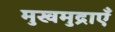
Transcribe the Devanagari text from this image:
मुखमुद्राएँ